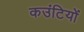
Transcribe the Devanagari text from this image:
कउंटियों